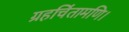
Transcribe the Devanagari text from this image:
ग्रहचिंतामणि।